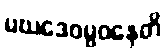
မဃဒေဝမ္ဗဝနေတိ